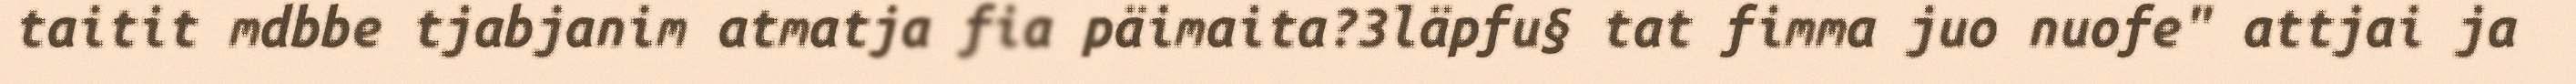
taitit mdbbe tjabjanim atmatja fia päimaita?3läpfu§ tat fimma juo nuofe" attjai ja